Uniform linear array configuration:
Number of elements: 24
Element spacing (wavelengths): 0.25
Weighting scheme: uniform
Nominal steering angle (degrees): -45
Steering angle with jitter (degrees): -45.619
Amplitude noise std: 0.05
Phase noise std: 0.05

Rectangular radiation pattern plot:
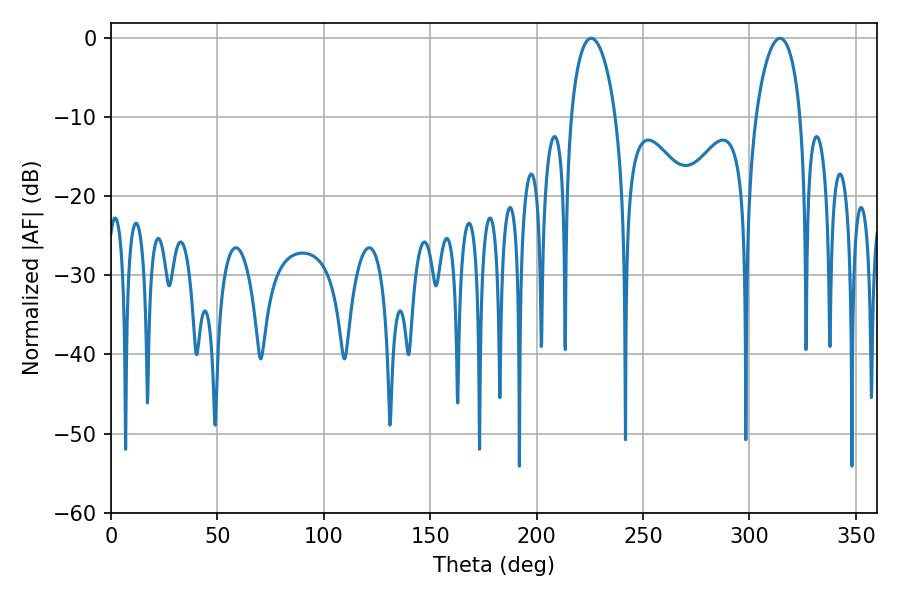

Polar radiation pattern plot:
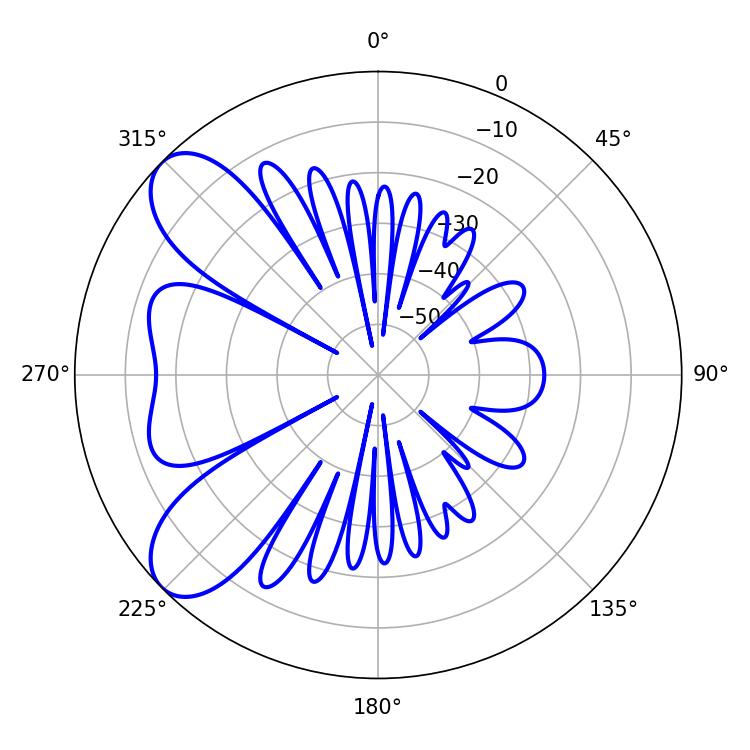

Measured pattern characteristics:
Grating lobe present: FALSE
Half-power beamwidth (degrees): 12.06
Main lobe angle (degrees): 225.54